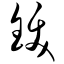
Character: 钹